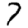
Digit: 7